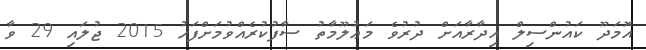
އޮމަދޫ ކައުންސިލް އިދާރާއަށް ދުރުވެ މަޢުލޫމާތު ސާފުކުރެއްވުމަށްފަހު 2015 ޖުލައި 29 ވާ